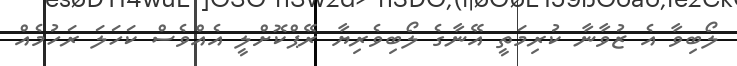
ލޯބިވާ އެ ޒުވާނާ ކުރިމަތީ އޭނާގެ ލޯބިވެރިޔާ ރޭޕްކޮށްލީ އެއްވެސް ކަހަލަ ރަހުމެއް